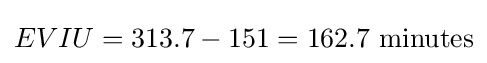
EVIU=313.7-151=162.7{\text{ minutes}}